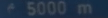
5000 m